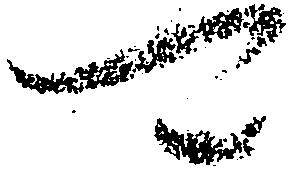
可